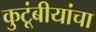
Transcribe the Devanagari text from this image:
कुटूंबीयांचा